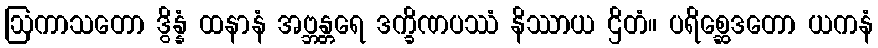
ဩကာသတော ဒွိန္နံ ထနာနံ အဗ္ဘန္တရေ ဒက္ခိဏပဿံ နိဿာယ ဌိတံ။ ပရိစ္ဆေဒတော ယကနံ